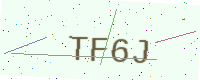
Text: TF6J